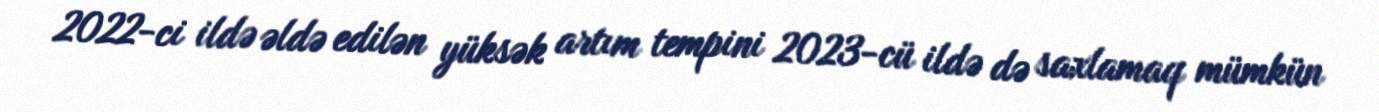
2022-ci ildə əldə edilən yüksək artım tempini 2023-cü ildə də saxlamaq mümkün